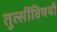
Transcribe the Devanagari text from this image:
तुत्‍सींविषयी